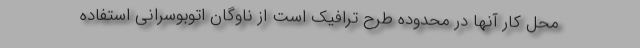
محل کار آنها در محدوده طرح ترافیک است از ناوگان اتوبوسرانی استفاده